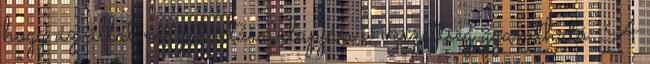
hogy az állat magatartása alapján a veszettség gyanítható. A